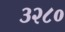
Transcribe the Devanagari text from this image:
३२८०